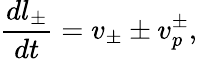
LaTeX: \frac{dl_{\pm}}{dt}=v_{\pm}\pm v_{p}^{\pm},